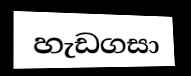
හැඩගසා